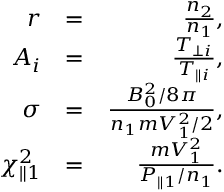
\begin{array} { r l r } { r } & { = } & { \frac { n _ { 2 } } { n _ { 1 } } , } \\ { A _ { i } } & { = } & { \frac { T _ { \perp i } } { T _ { \parallel i } } , } \\ { \sigma } & { = } & { \frac { B _ { 0 } ^ { 2 } / 8 \pi } { n _ { 1 } m V _ { 1 } ^ { 2 } / 2 } , } \\ { \chi _ { \parallel 1 } ^ { 2 } } & { = } & { \frac { m V _ { 1 } ^ { 2 } } { P _ { \parallel 1 } / n _ { 1 } } . } \end{array}